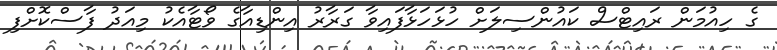
ގެ ހިއުމަން ރައިޓްސް ކައުންސިލަށް ހުޅަހަޅާފައިވާ ގަރާރު އިންޑިއާގެ ވޯޓާއެކު މިއަދު ފާސްކޮށްފި